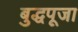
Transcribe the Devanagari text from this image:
बुद्धपूजा